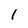
Character: l